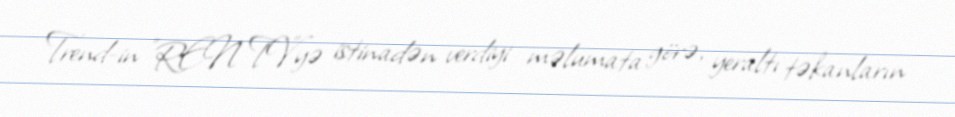
Trend-in "REN TV"yə istinadən verdiyi məlumata görə, yeraltı təkanların